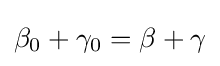
\beta _{0}+\gamma _{0}=\beta +\gamma